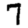
Digit: 7